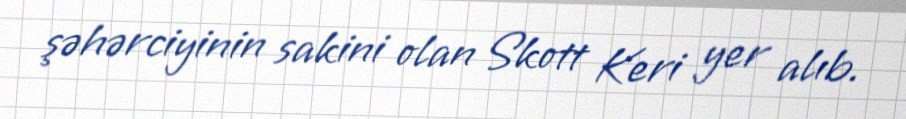
şəhərciyinin sakini olan Skott Keri yer alıb.